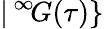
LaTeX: |\, ^{\infty}\! G(\tau)\}